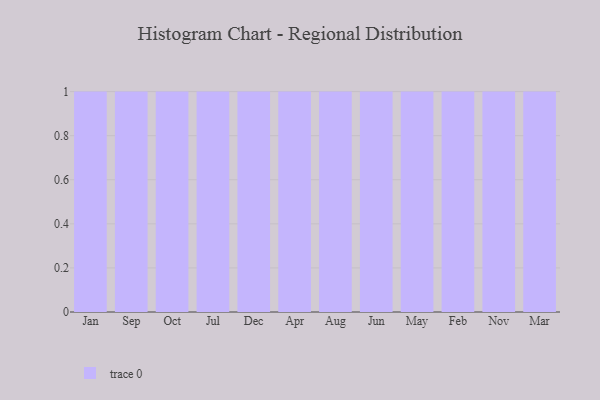
{"axis": {"x": "Month", "y": "Satisfaction Score"}, "legend": [""], "data": [{"x": "Jan", "y": 79, "type": ""}, {"x": "Sep", "y": 48, "type": ""}, {"x": "Oct", "y": 20, "type": ""}, {"x": "Jul", "y": 83, "type": ""}, {"x": "Dec", "y": 59, "type": ""}, {"x": "Apr", "y": 83, "type": ""}, {"x": "Aug", "y": 75, "type": ""}, {"x": "Jun", "y": 1, "type": ""}, {"x": "May", "y": 97, "type": ""}, {"x": "Feb", "y": 30, "type": ""}, {"x": "Nov", "y": 89, "type": ""}, {"x": "Mar", "y": 54, "type": ""}]}